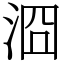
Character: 㴄